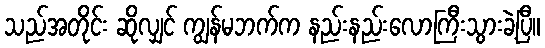
သည်အတိုင်း ဆိုလျှင် ကျွန်မဘက်က နည်းနည်းလောကြီးသွားခဲ့ပြီ။